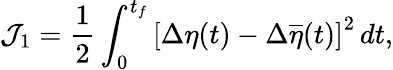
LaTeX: {\mathcal{J}}_{1}=\frac{1}{2}\int_{0}^{t_{f}}\left[\Delta\eta(t)-\Delta\overline{{\eta}}(t)\right]^{2}\, dt,